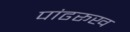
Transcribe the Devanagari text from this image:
पांढरूख